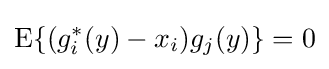
\operatorname {E} \{(g_{i}^{*}(y)-x_{i})g_{j}(y)\}=0